Annual report on the working of the lock hospitals in the Central Provinces
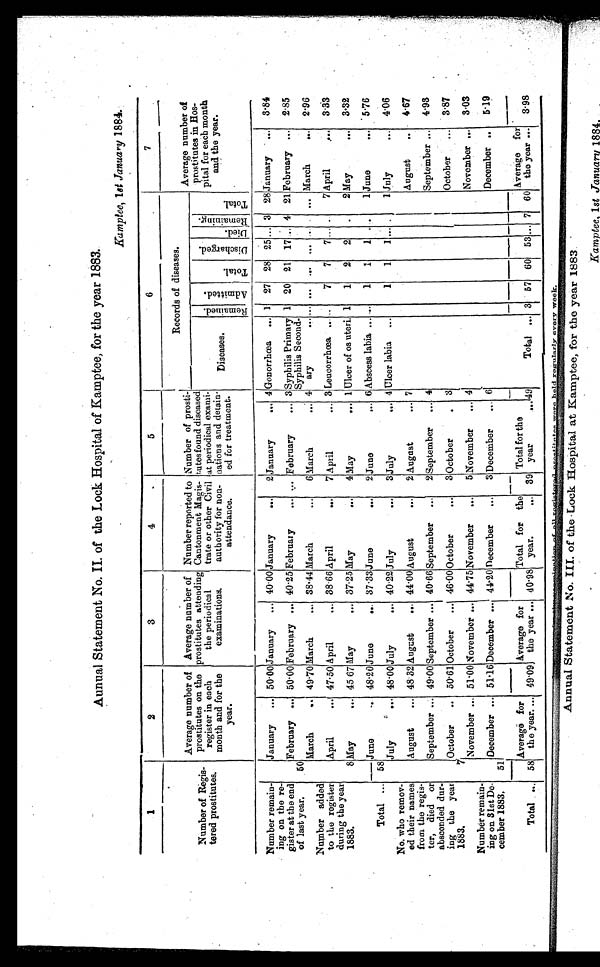
Aunual Statement No. II. of the Lock Hospital of Kamptee, for the year 1883.
Kamptee, 1st January 1884.
1
2
3
4
5
6
7
Number of Regis-
tared prostitutes.
Average number of
prostitutes on the
register in each
month and for the
year.
Average number of
prostitutes attending
the periodical
examinations.
Number reported to
Cantonment Magis-
trate or other Civil
authority for non-
attendance.
Number of prosti-
tutes found diseased
at periodical exami-
nations and detain-
ed for treatment.
Records of diseases.
Average number of
prostitutes in Hos-
pital for each month
and the year.
Diseases.
Re ma i ne d. A d m i t t e d .
T o t a l .
D i s c h a r g e d .
Di e d .
Re ma i n i n g .
T o t a l .
Number remain-
ing on the re-
gister at the end
of last year.
January ... 50.00 January ... 40.00 January
...
2 January
... 4 Gonorrhœa ... 1 27 28 25 ... 3 28 January ... 3.84
50
February ... 50.00 February ... 40.25 February
February ... 3 Syphilis Primary
Syphilis Second-
ary
1 20 21 17 .. 4 21 February ... 2.85
March
.. 49.70 March
... 38.44March
...
6 March
.1: 4
... ... ... ... ... ... March
... 2.96
Number added
to the register
during the year
1883.
April
... 47.50 April
... 38.66 April
...
7 April
... 3 Leucorrhœa
...
7 7
7 ...
...
7 April
.•• 3.33
8 May
... 45.67 May ... 37.25 May
...
4 May
... 1 Ulcer of os uteri. 1
1 2
2
.
2 May
... 3.32
June
•. 48.20 June
... 37.33 June
...
2 June
... 6 Abscess labia ... ...
1
1
1
1 June
... 5.76
Total ... 58
July
... 48 .00 July
... 40.22 July
...
3 July
... 4 Ulcer labia ...
1
1 ... .
1 July
... 4.06
No. who remov-
ed their names
from the regis-
ter, died or
absconded dur-
ing the year
1883.
August
... 48.32 August
... 44.00 August
..•
2 August
... 7
August
..
4.67
September.... 49.00 September ... 40.66 September ...
2 September ... 4
September ... 4.93
7
October
.. 50.61 October
... 46.00 October
...
3 October
. . . 3
October
... 3.87
November ... 51.00 November ... 44.75 November
...
5 November
... 4
November ... 3.03
Number remain-
ing on 31st De-
cember 1883.
51
December ... 51.16 December ... 44.20 December
...
3 December
..: 6
December ..
5.19
Total ... 58
Average for
th eyear. ... 49.09
Average for
the year ... 40.98
Total for the
year.
... 39
Total for the
year
... 49
Total ... 3 57 60 53 ... 7 60
average for
the year ... 3.98
e v e r y w e e k .